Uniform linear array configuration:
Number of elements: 12
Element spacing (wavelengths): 0.25
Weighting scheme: exponential
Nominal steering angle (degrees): -30
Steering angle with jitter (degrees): -31.128
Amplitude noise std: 0.05
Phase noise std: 0.05

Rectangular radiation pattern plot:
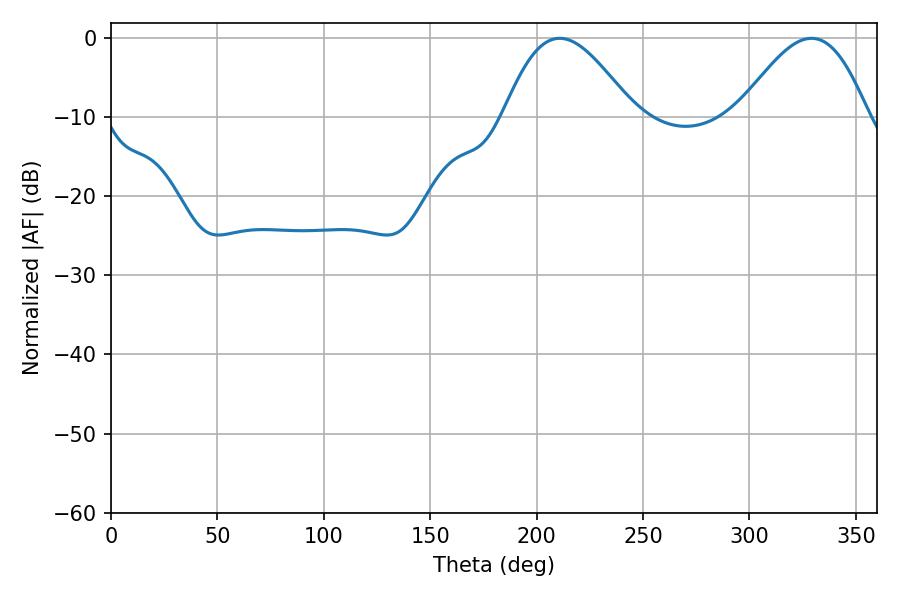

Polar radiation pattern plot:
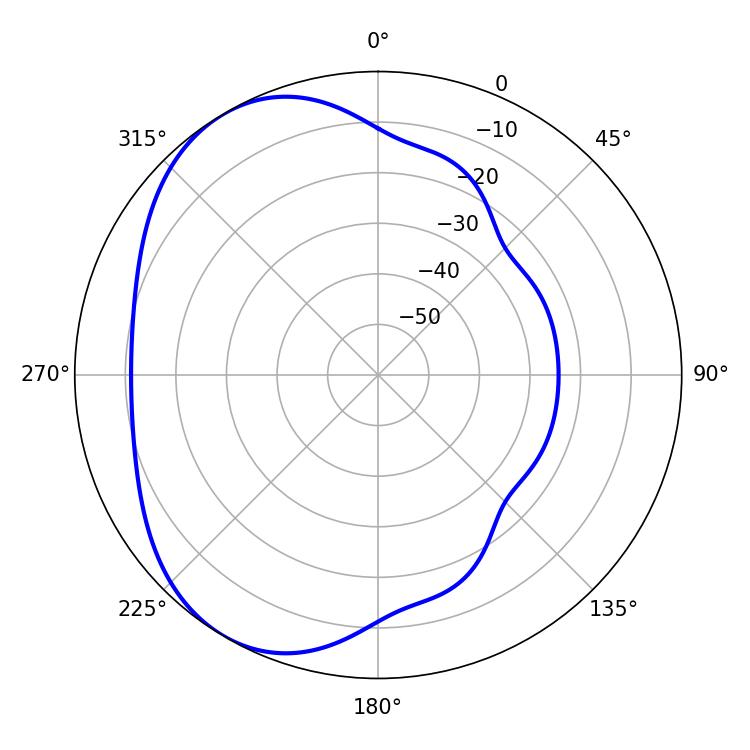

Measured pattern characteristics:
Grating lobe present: FALSE
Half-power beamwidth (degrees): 32.76
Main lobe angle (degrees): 210.78